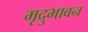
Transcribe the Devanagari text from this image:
मृदुभावन